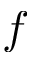
f